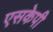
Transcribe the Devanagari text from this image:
एसकेपी